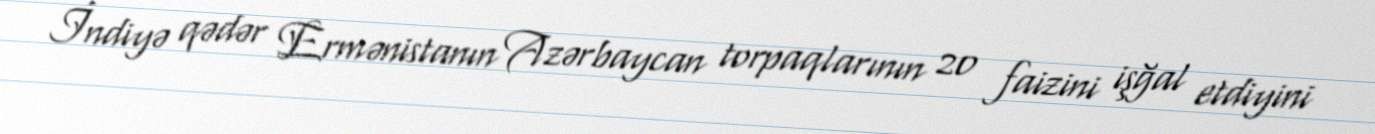
İndiyə qədər Ermənistanın Azərbaycan torpaqlarının 20 faizini işğal etdiyini